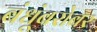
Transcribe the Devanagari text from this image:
बंधूंबरोबर